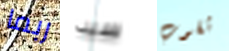
ربما سيد ثقوب